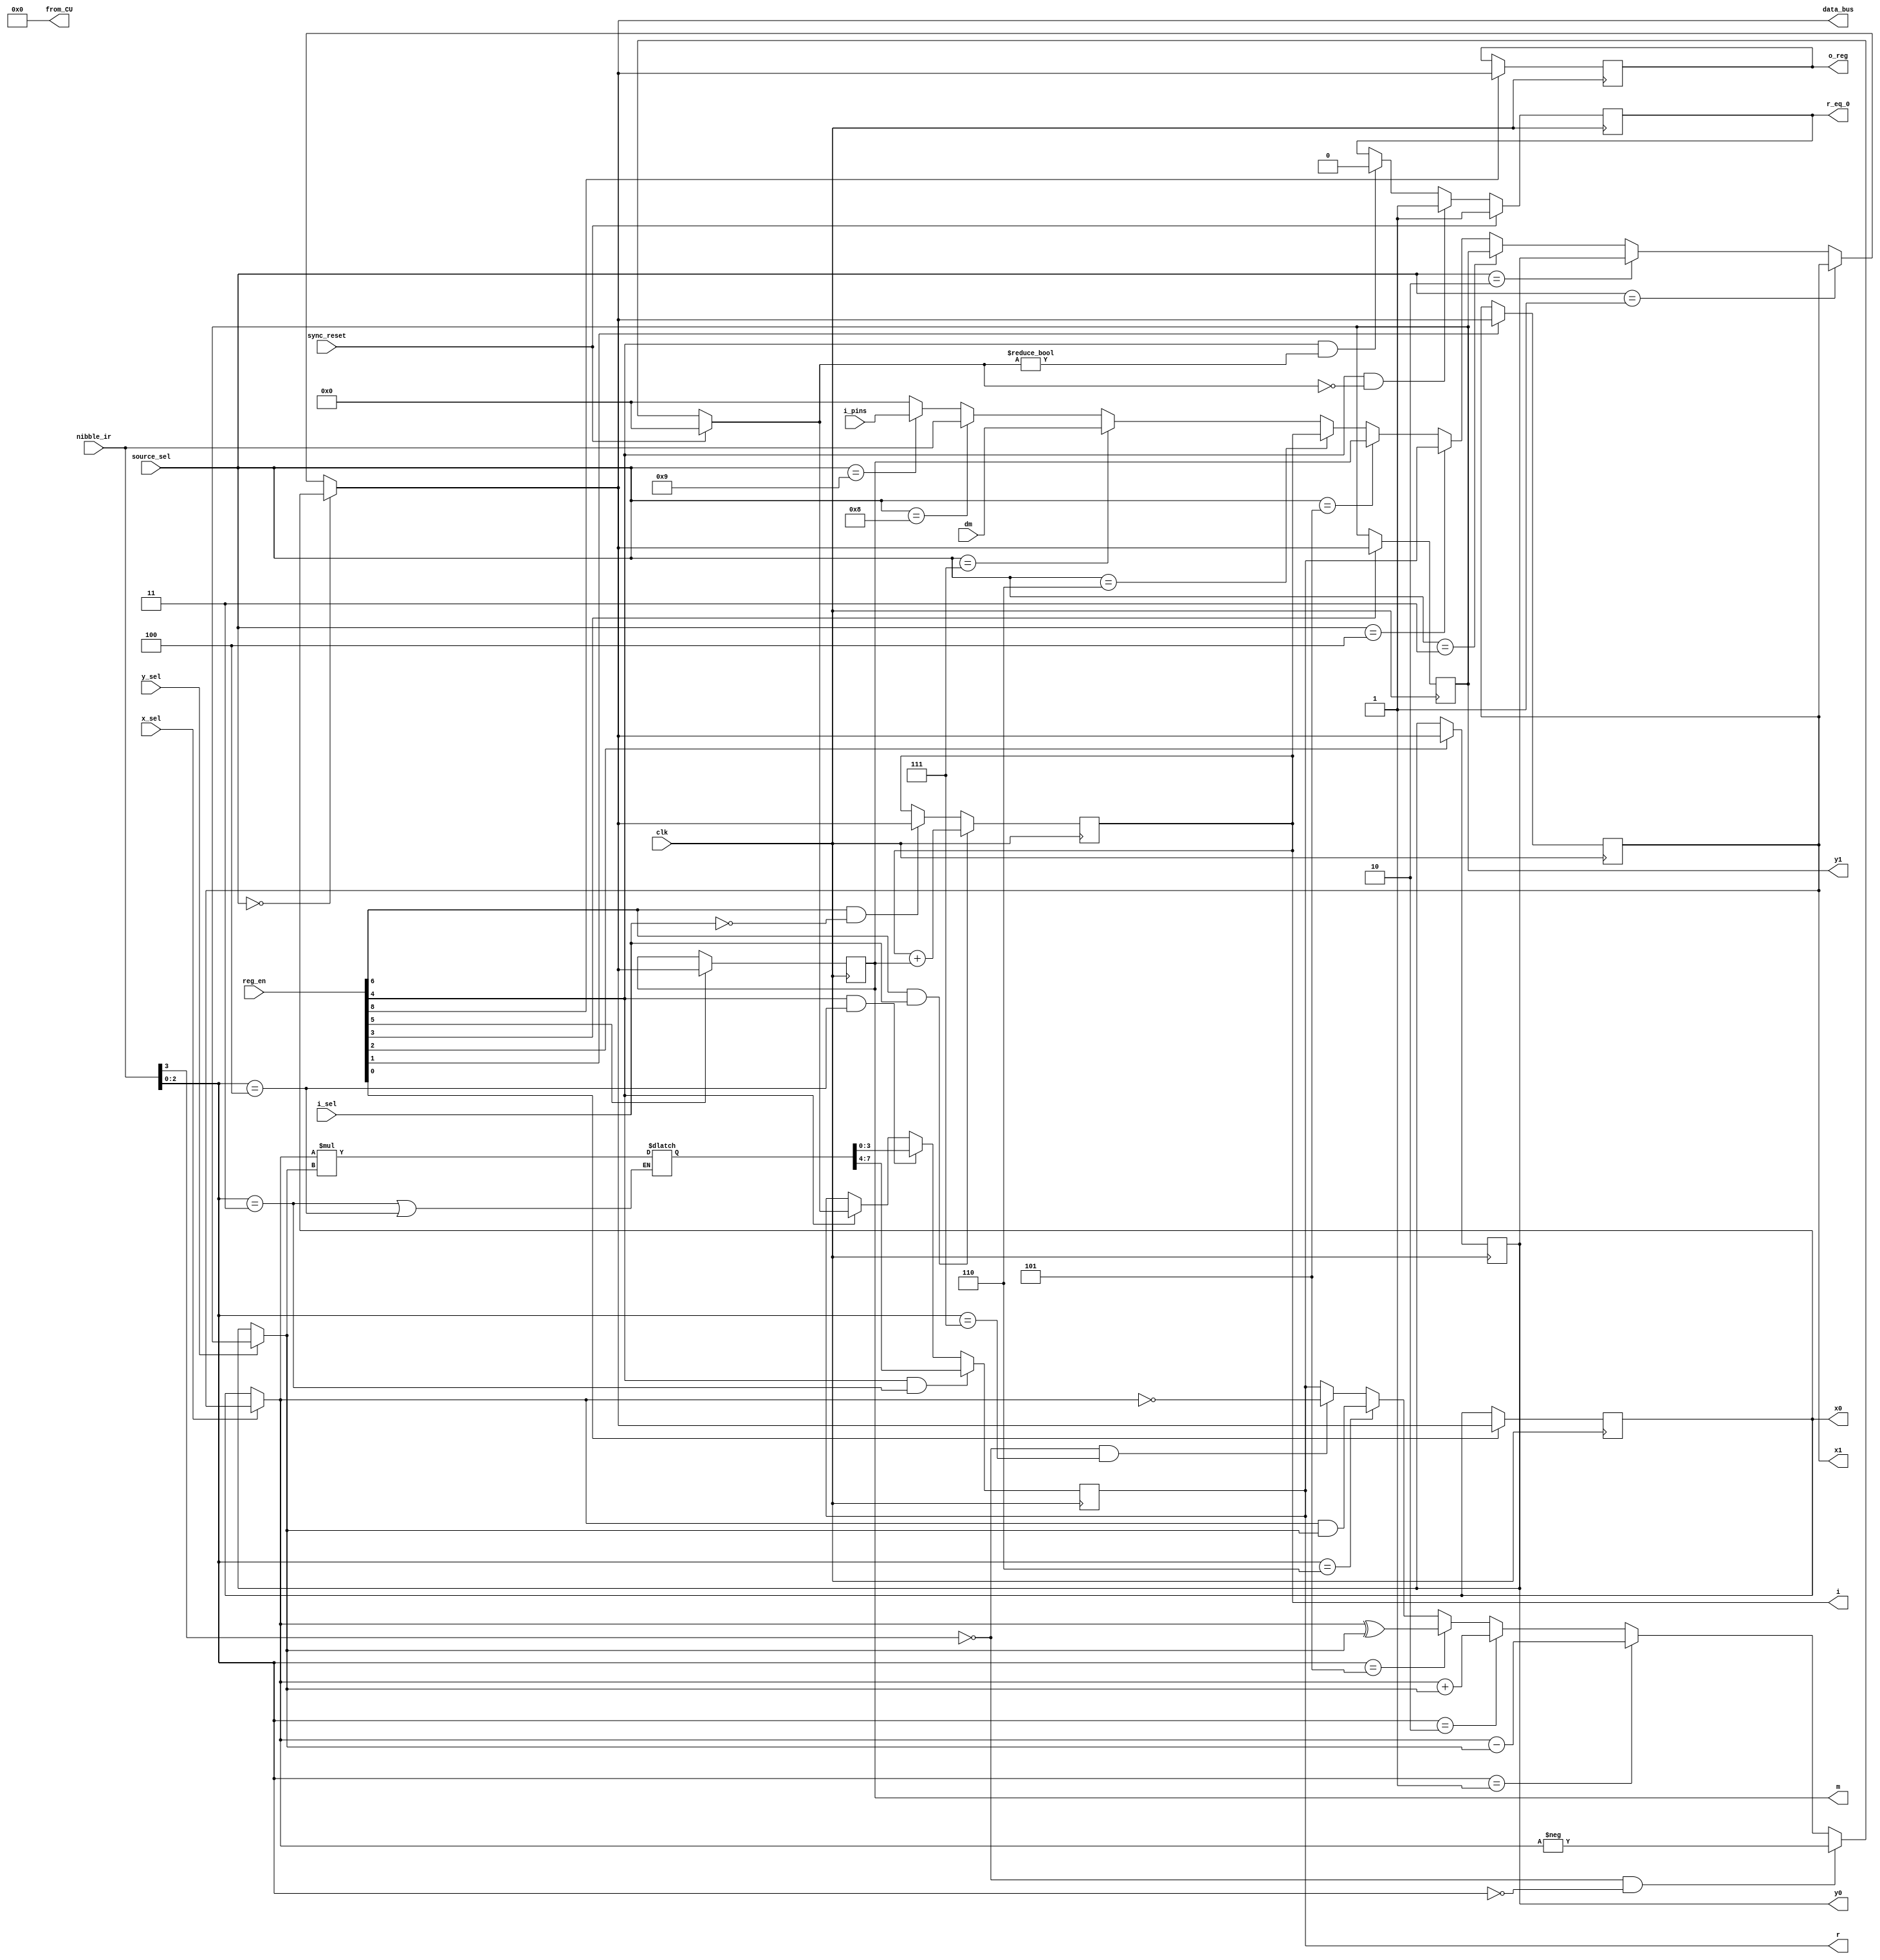
module computational_unit(
input  wire       clk,           
input  wire       sync_reset,    
									 
input  wire [3:0] nibble_ir,     // 4 bits, input
input  wire       i_sel,         // 1 bit, input
input  wire       y_sel,         // 1 bit, input
input  wire       x_sel,         // 1 bit, input
input  wire [3:0] source_sel,    // 4 bits, input
input  wire [8:0] reg_en,        // 9 bits, input
input  wire [3:0] dm,            // 4 bits, input
input  wire [3:0] i_pins,        // 4 bits, input 
									 
output reg  [3:0] i,             // 4 bits, output  
output reg  [3:0] o_reg,         // 4 bits, output  
output reg  [3:0] data_bus,      // 4 bits, output
output reg       r_eq_0,        // 1 bit, output


output wire [7:0] from_CU,
output reg  [3:0] x0,
output reg  [3:0] x1,
output reg  [3:0] y0,
output reg  [3:0] y1,
output reg  [3:0] m,
output reg  [3:0] r
);


reg [3:0] y;
reg [3:0] x;
reg [3:0] alu_out;
reg [7:0] alu_out_temp;


assign from_CU = 8'H00;
// assign from_CU = {x1, x0};


//---------------loading data_bus--------------------

always @(*)
	if (source_sel == 4'd0) 
		data_bus = x0;
	else if (source_sel == 4'd1)
		data_bus = x1;
	else if (source_sel == 4'd2)
		data_bus = y0;
	else if (source_sel == 4'd3)
		data_bus = y1;
	else if (source_sel == 4'd4)
		data_bus = r;
	else if (source_sel == 4'd5)
		data_bus = m;
	else if (source_sel == 4'd6)
		data_bus = i;
	else if (source_sel == 4'd7)
		data_bus = dm;
	else if (source_sel == 4'd8)
		data_bus = nibble_ir; 
	else if (source_sel == 4'd9)
		data_bus = i_pins;
	else
		data_bus = 4'd0;
		
//--------------register x0--------------------

always @(posedge clk)
	if (reg_en[0] == 1'b1) 
		x0 <= data_bus; 
		
	 
//--------------register x1--------------------

always @(posedge clk)
	if (reg_en[1] == 1'b1)
		x1 <= data_bus;

		
//--------------register y0--------------------

always @(posedge clk)
	if (reg_en[2] == 1'b1) 
		y0 <= data_bus; 
			
//--------------register y1--------------------

always @(posedge clk)
	if (reg_en[3] == 1'b1)
		y1 <= data_bus;
		
	
//--------------register m--------------------	
always @(posedge clk)
	if (reg_en[5] == 1'b1)
		m <= data_bus;	

//--------------register i--------------------
always @(posedge clk)
	if ((reg_en[6] == 1'b1) && (i_sel == 1'b1)) //increment 
		i <= i + m;
	else if ((reg_en[6] == 1'b1) && (i_sel == 1'b0))
		i <= data_bus;
	else 
		i <= i;

//--------------register o_reg--------------------
always @(posedge clk)
	if (reg_en[8] == 1'b1)
		o_reg <= data_bus;
				
		
//--------------y select for ALU--------------------
		
always @(*)
	if (y_sel == 1'b0)
		y = y0;
	else 
		y = y1;
		
//--------------x select for ALU--------------------
		
always @(*)
	if (x_sel == 1'b0)
		x = x0;
	else 
		x = x1;
//-----------------------------------------------
//-----------------ALU BLOCK--------------------- 
//-----------------------------------------------
		


//---------------alu_out------------------------
always @(*)
		if (sync_reset == 1'b1)
			alu_out = 4'H0;
		else if ((nibble_ir[3] == 1'b0) && (nibble_ir[2:0] == 3'b000))
			alu_out = -x; 
		else if (nibble_ir[2:0] == 3'b001)
			alu_out = x - y;
		else if (nibble_ir[2:0] == 3'b010)
			alu_out = x + y;
		else if (nibble_ir[2:0] == 3'b101)
			alu_out = x ^ y;
		else if (nibble_ir[2:0] == 3'b110)
			alu_out = x & y;
		else if ((nibble_ir[3] == 1'b0) && (nibble_ir[2:0] == 3'b111))
			alu_out = ~x;
		else 
			alu_out = r;

always @(*)
	if ((nibble_ir[2:0] == 3'b011) | (nibble_ir[2:0] == 3'b100))
			alu_out_temp = x * y;
			
//---------------register zero_flag---------------------
always @(posedge clk)
	if (sync_reset == 1'b1)
		r_eq_0 <= 1'b1;
	else if ((reg_en[4] == 1'b1) && (alu_out == 4'H0))
		r_eq_0 <= 1'b1;
	else if ((reg_en[4] == 1'b1) && (alu_out != 4'H0))
		r_eq_0 <= 1'b0;
	else 
		r_eq_0 <= r_eq_0;

//---------------register r----------------------------
always @(posedge clk)
	if ((reg_en[4] == 1'b1) && (nibble_ir[2:0] == 3'b011))// special case when alu_out_temp is used as output
		r <= alu_out_temp[7:4];
	else if ((reg_en[4] == 1'b1) && (nibble_ir[2:0] == 3'b100))// special case when alu_out_temp is used as output
		r <= alu_out_temp[3:0];
	else if (reg_en[4] == 1'b1)
		r <= alu_out; 
	else
		r <= r;
		
endmodule